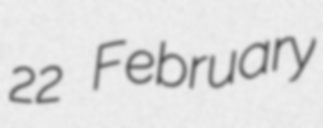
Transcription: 22 February